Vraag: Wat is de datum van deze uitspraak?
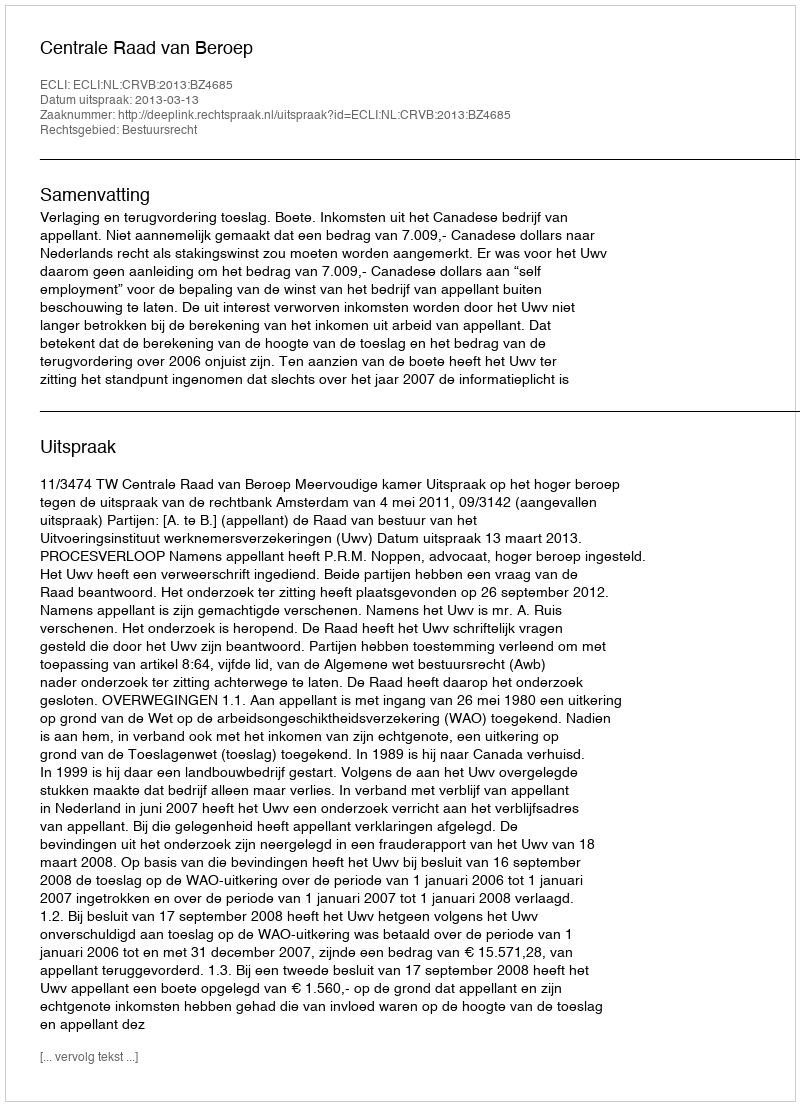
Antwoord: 2013-03-13